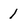
Character: 1